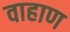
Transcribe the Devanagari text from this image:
वाहाण